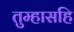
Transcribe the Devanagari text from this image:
तुम्हासहि